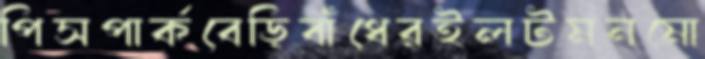
পিসপার্কবেড়িবাঁধেরইলটমনমো